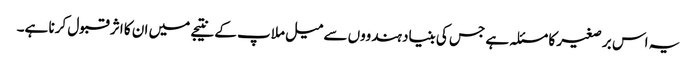
یہ اس بر صغیر کا مسئلہ ہے جس کی بنیاد ہندووں سے میل ملاپ کے نتیجے میں ان کا اثر قبول کرنا ہے۔